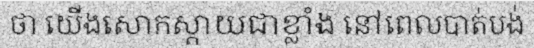
ថា យើងសោកស្តាយជាខ្លាំង នៅពេលបាត់បង់